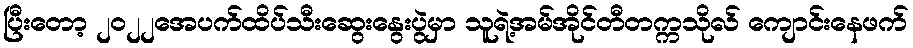
ပြီးတော့ ၂၀၂၂အေပက်ထိပ်သီးဆွေးနွေးပွဲမှာ သူရဲ့အမ်အိုင်တီတက္ကသိုလ် ကျောင်းနေဖက်